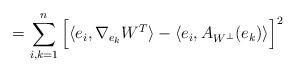
LaTeX: \begin{align*}=\sum_{i,k=1}^{n}\Big[\langle e_{i}, \nabla_{e_{k}}W^{T}\rangle -\langle e_{i}, A_{W^{\perp}}(e_{k}) \rangle \Big] ^{2}\end{align*}